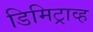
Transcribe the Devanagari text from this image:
डिमिट्राव्ह